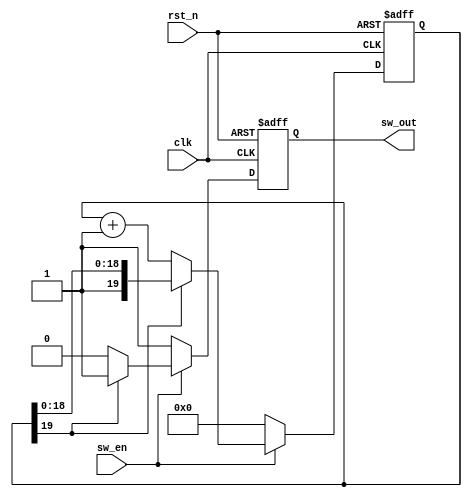
module sw_pulse(clk,rst_n,sw_en,sw_out);

input clk;
input rst_n;
input sw_en;
output sw_out;

reg sw_signal;

reg [19:0]count;
always @ (posedge clk or negedge rst_n) 
begin
	if(!rst_n)
		begin 
			count <= 20'b0;	
			sw_signal <= 1'b1;
		end
	else if(!sw_en)	
		begin
			count <= 20'b0;	
			sw_signal <= 1'b1;
		end
	else if(sw_en)
		begin
		   if( !count[19])
				begin
					count <= count + 1'b1;	
					sw_signal <= 1'b0;
				end
			else
				begin
					count <= count;	
					sw_signal <= 1'b1;
				end
		end
	else	
		begin 
			count <= 20'b0;	
			sw_signal <= 1'b1;
		end
end


assign sw_out = sw_signal;

endmodule